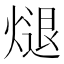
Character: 煺